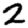
Digit: 2